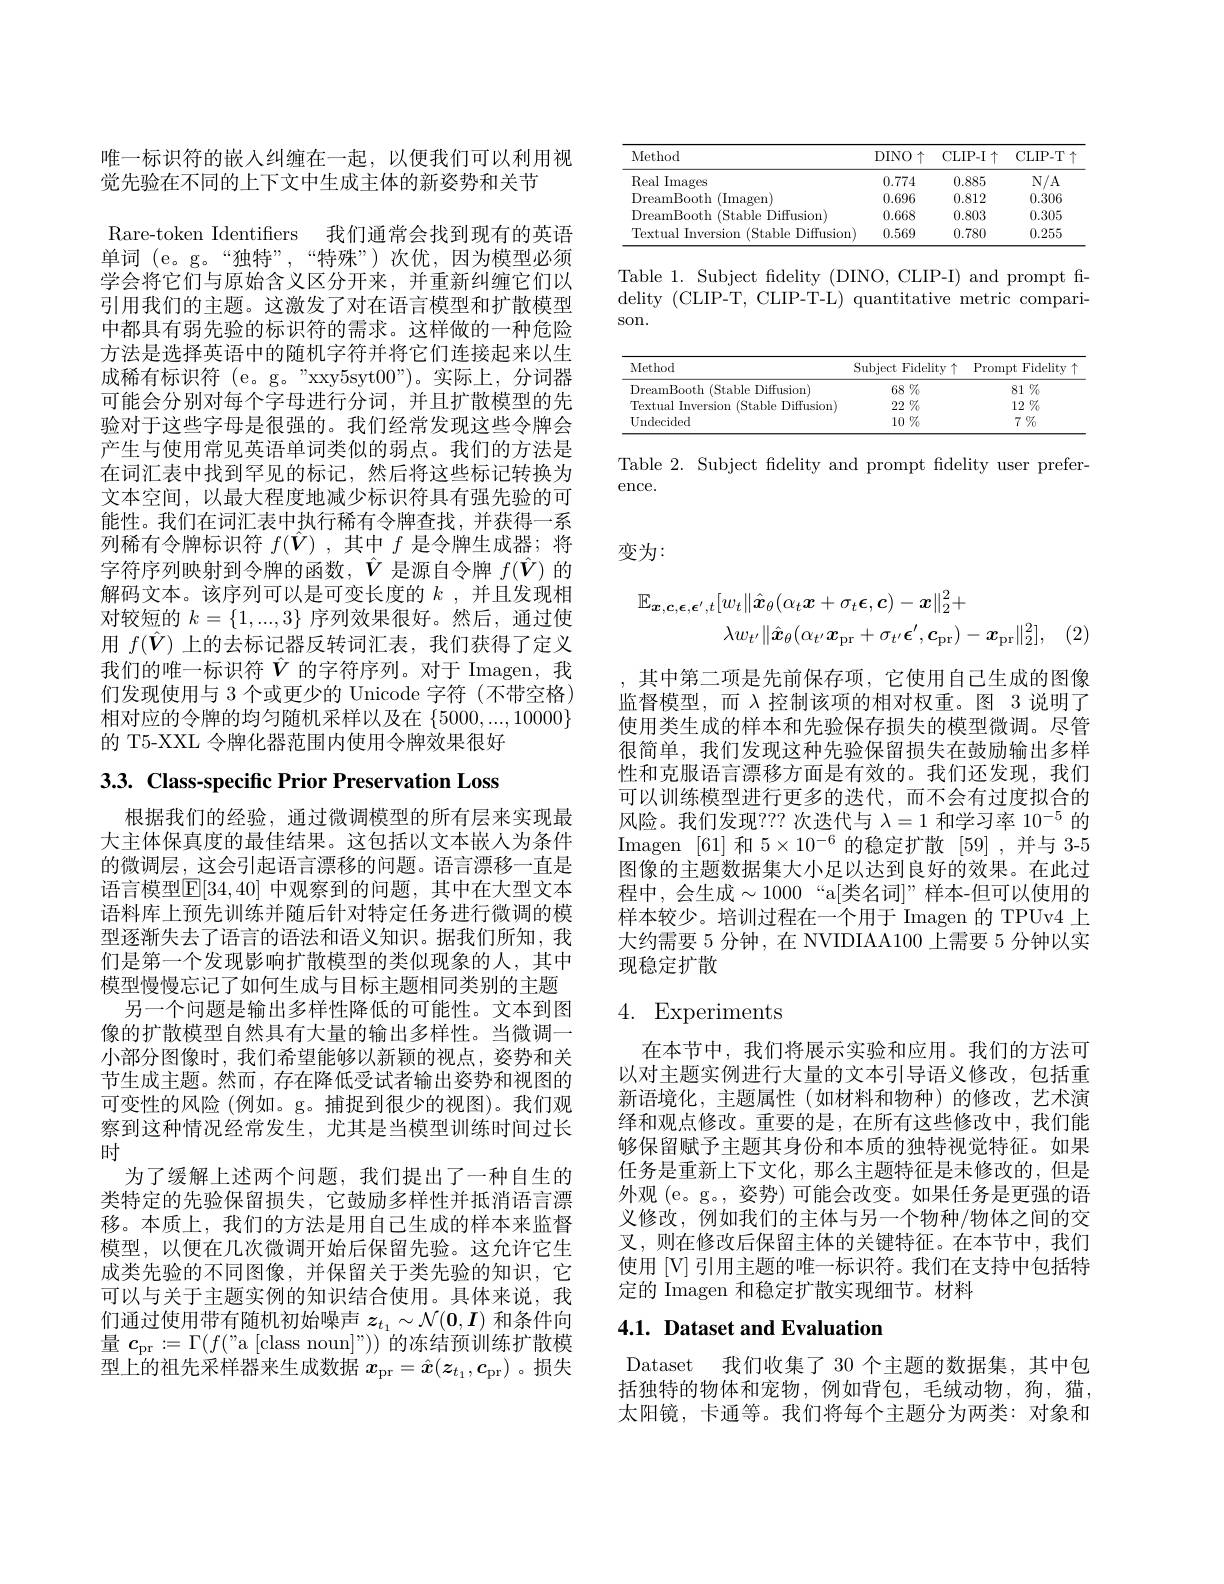
唯一标识符的嵌入纠缠在一起，以便我们可以利用视
觉先验在不同的上下文中生成主体的新姿势和关节

Rare-token Identifiers 我们通常会找到现有的英语单词 (e。g。“独特”,“特殊”)次优，因为模型必须学会将它们与原始含义区分开来，并重新纠缠它们以引用我们的主题。这激发了对在语言模型和扩散模型中都具有弱先验的标识符的需求。这样做的一种危险方法是选择英语中的随机字符并将它们连接起来以生成稀有标识符 (e。g。"xxy5syt00”)。实际上，分词器可能会分别对每个字母进行分词，并且扩散模型的先验对于这些字母是很强的。我们经常发现这些令牌会产生与使用常见英语单词类似的弱点。我们的方法是在词汇表中找到罕见的标记，然后将这些标记转换为文本空间，以最大程度地减少标识符具有强先验的可能性。我们在词汇表中执行稀有令牌查找，并获得一系列稀有令牌标识符$f(\hat{\boldsymbol{V}})$ ,其中$f$是令牌生成器；将字符序列映射到令牌的函数，$\hat{V}$是源自令牌$f(\hat{\boldsymbol{V}})$的解码文本。该序列可以是可变长度的$k$ ,并且发现相对较短的$k=\{1,...,3\}$序列效果很好。然后，通过使用$f(\hat{\boldsymbol{V}})$上的去标记器反转词汇表，我们获得了定义我们的唯一标识符$\hat{V}$ 的字符序列。对于 Imagen,我们发现使用与 3 个或更少的 Unicode 字符 (不带空格) 相对应的令牌的均匀随机采样以及在$\{5000,...,10000\}$ 的 T5-XXL 令牌化器范围内使用令牌效果很好

3.3. Class-specific Prior Preservation Loss

根据我们的经验，通过微调模型的所有层来实现最大主体保真度的最佳结果。这包括以文本嵌人为条件的微调层，这会引起语言漂移的问题。语言漂移一直是语言模型$\mathbb{E}[34,40]$ 中观察到的问题，其中在大型文本语料库上预先训练并随后针对特定任务进行微调的模型逐渐失去了语言的语法和语义知识。据我们所知，我们是第一个发现影响扩散模型的类似现象的人，其中模型慢慢忘记了如何生成与目标主题相同类别的主题
另一个问题是输出多样性降低的可能性。文本到图像的扩散模型自然具有大量的输出多样性。当微调一小部分图像时，我们希望能够以新颖的视点，姿势和关节生成主题。然而，存在降低受试者输出姿势和视图的可变性的风险(例如。g。捕捉到很少的视图)。我们观察到这种情况经常发生，尤其是当模型训练时间过长时
为了缓解上述两个问题，我们提出了一种自生的类特定的先验保留损失，它鼓励多样性并抵消语言漂移。本质上，我们的方法是用自己生成的样本来监督模型，以便在几次微调开始后保留先验。这允许它生成类先验的不同图像，并保留关于类先验的知识，它可以与关于主题实例的知识结合使用。具体来说，我们通过使用带有随机初始噪声$z_{t_1}\sim\mathcal{N}(\mathbf{0},\boldsymbol{I})$和条件向量$\boldsymbol{c}_\mathrm{pr}:=\Gamma(f($"a [class noun]")) 的冻结预训练扩散模型上的祖先采样器来生成数据$x_\mathrm{pr}=\hat{x}(z_{t_1},c_\mathrm{pr})$ 。损失

<table>
	<tbody>
		<tr>
			<th>Method</th>
			<th>DINO$\uparrow$</th>
			<th>CLIP- I$\uparrow$</th>
			<th>CLIP-T 1</th>
		</tr>
		<tr>
			<td>Real Images</td>
			<td>0.774</td>
			<td>0.885</td>
			<td>$N/A$</td>
		</tr>
		<tr>
			<td>DreamBooth (Imagen</td>
			<td>0.696</td>
			<td>0.812</td>
			<td>0.306</td>
		</tr>
		<tr>
			<td>DreamBooth ( Stable Diffusion) </td>
			<td>0.668</td>
			<td>0.803</td>
			<td>0.305</td>
		</tr>
		<tr>
			<td>Textual Inversion (Stable Diffusion)</td>
			<td>0.569</td>
			<td>0.780</td>
			<td>0.255</td>
		</tr>
	</tbody>
</table>

Table 1. Subject fidelity (DINO, CLIP-I) and prompt fidelity (CLIP-T, CLIP-T-L) quantitative metric comparison.

<table>
	<tbody>
		<tr>
			<th>Method</th>
			<th>Subject Fidelity $\uparrow$</th>
			<th>Prompt $\textbf{t Fidelity}$ 1</th>
		</tr>
		<tr>
			<td>DreamBooth (Stable Diffusion)</td>
			<td>$68\%$</td>
			<td>$81\%$</td>
		</tr>
		<tr>
			<td>Textual Inversion (Stable Diffusion)</td>
			<td>$22\%$</td>
			<td>$12\%$</td>
		</tr>
		<tr>
			<td>Undecided</td>
			<td>$10\%$</td>
			<td>$7\%$</td>
		</tr>
	</tbody>
</table>

Table 2. Subject fidelity and prompt fidelity user prefer-
ence.

变为：
$$\mathbb{E}_{\boldsymbol{x},\boldsymbol{c},\boldsymbol{\epsilon},\boldsymbol{\epsilon}^{\prime},t}[w_{t}\|\hat{\boldsymbol{x}}_{\theta}(\alpha_{t}\boldsymbol{x}+\sigma_{t}\boldsymbol{\epsilon},\boldsymbol{c})-\boldsymbol{x}\|_{2}^{2}+\\\lambda w_{t^{\prime}}\|\hat{\boldsymbol{x}}_{\theta}(\alpha_{t^{\prime}}\boldsymbol{x}_{\mathrm{pr}}+\sigma_{t^{\prime}}\boldsymbol{\epsilon}^{\prime},\boldsymbol{c}_{\mathrm{pr}})-\boldsymbol{x}_{\mathrm{pr}}\|_{2}^{2}],$$
,其中第二项是先前保存项，它使用自己生成的图像监督模型，而$\lambda$控制该项的相对权重。图 3 说明了使用类生成的样本和先验保存损失的模型微调。尽管很简单，我们发现这种先验保留损失在鼓励输出多样性和克服语言漂移方面是有效的。我们还发现，我们可以训练模型进行更多的迭代，而不会有过度拟合的风险。我们发现？?? 次迭代与$\lambda=1$和学习率$10^{-5}$的Imagen [61]和$5\times10^-6$的稳定扩散[59],并与 3-5图像的主题数据集大小足以达到良好的效果。在此过程中，会生成$\sim1000$“a[类名词]”样本-但可以使用的样本较少。培训过程在一个用于 Imagen 的 TPUv4 上大约需要 5 分钟，在 NVIDIAA100 上需要 5 分钟以实现稳定扩散

# 4. Experiments

在本节中，我们将展示实验和应用。我们的方法可以对主题实例进行大量的文本引导语义修改，包括重新语境化，主题属性(如材料和物种)的修改，艺术演绎和观点修改。重要的是，在所有这些修改中，我们能够保留赋予主题其身份和本质的独特视觉特征。如果任务是重新上下文化，那么主题特征是未修改的，但是外观 (e。g。, 姿势) 可能会改变。如果任务是更强的语义修改，例如我们的主体与另一个物种/物体之间的交叉，则在修改后保留主体的关键特征。在本节中，我们使用[V] 引用主题的唯一标识符。我们在支持中包括特定的 Imagen 和稳定扩散实现细节。材料

## 4.1. Dataset and Evaluation

Dataset 我们收集了 30 个主题的数据集，其中包括独特的物体和宠物，例如背包，毛绒动物，狗，猫， 太阳镜，卡通等。我们将每个主题分为两类：对象和